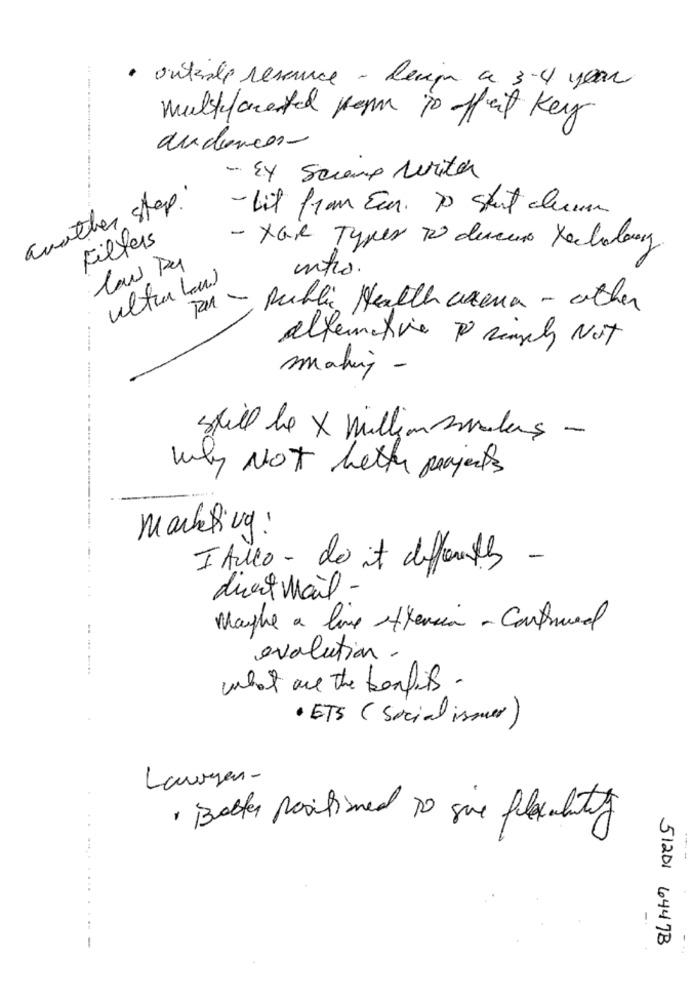
· outable reserve - leugen a 3-4 years
-.-
multifaceted perm is afait Key
audiences-
- Ex Screme writer
another step.
- Lit from Ein. To Start duum
Filters
- Xar Typer 70 diaeuro techaday.
into.
ultra Lui
public Health arena - other
alternative Po singly Not
making -
still he X million sales -
Why NOT bethe parents
marketing:
I tello - de it differentes -
duet Mail -
..
Maybe a line eftersin - Construed
evolution.
....
what are the benfits.
· ETS (Social ismer)
Lawyer-
Better positioned to give felouality
51201 6447B
-